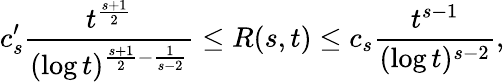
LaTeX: c_{s}^{\prime}{\frac{t^{\frac{s+1}{2}}}{(\log t)^{{\frac{s+1}{2}}-{\frac{1}{s-2}}}}}\leq R(s,t)\leq c_{s}{\frac{t^{s-1}}{(\log t)^{s-2}}},